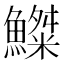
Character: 𩻫